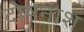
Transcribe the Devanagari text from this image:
दोषनाश